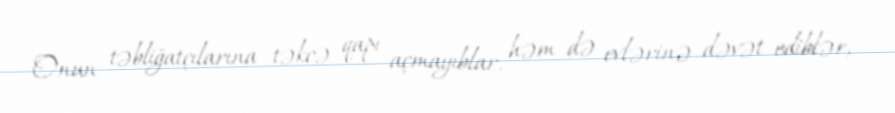
Onun təbliğatçılarına təkcə qapı açmayıblar, həm də evlərinə dəvət ediblər,